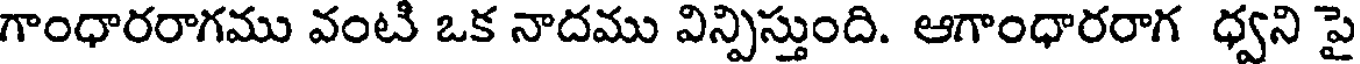
గాంధారరాగము వంటి ఒక నాదము విన్పిస్తుంది. ఆగాంధారరాగ ధ్వని పై